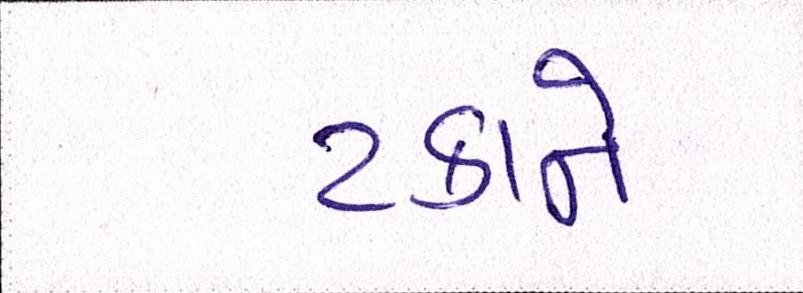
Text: ટકાને